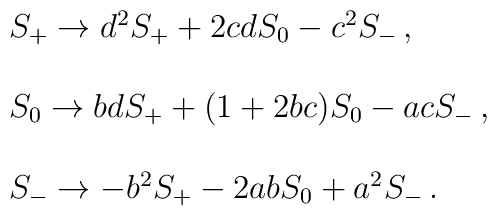
\begin{array}{l}S_{+}\rightarrow d^2 S_{+} +2cd S_0 -c^2 S_{-}\,, \\  \\S_{0}\rightarrow bdS_{+}+(1+2bc)S_0 -acS_{-}\,, \\  \\S_{-}\rightarrow -b^2 S_{+}-2abS_0 +a^2 S_{-}\,.\end{array}